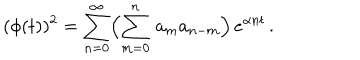
( \phi ( t ) ) ^ { 2 } = \sum _ { n = 0 } ^ { \infty } \Bigl ( \sum _ { m = 0 } ^ { n } \, a _ { m } a _ { n - m } \Bigr ) \, e ^ { \alpha n t } \, .